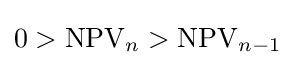
0>\operatorname {NPV} _{n}>\operatorname {NPV} _{n-1}